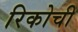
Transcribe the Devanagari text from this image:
रिकोची